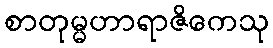
စာတုမ္မဟာရာဇိကေသု